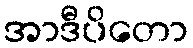
အာဒီပိတော